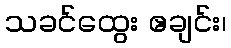
သခင်ထွေး ဧချင်း၊